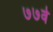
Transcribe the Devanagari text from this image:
७७वे